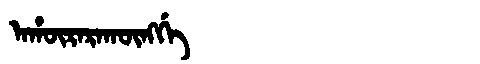
Manchu: ᠠᡥᡡᡵᠠᡵᠠᡴᡡᠩᡤᡝ
Romanization: AHŪRARAKŪNGGE